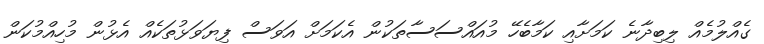
ގެއްލުމެއް ލިބިދާނެ ކަމަށާއި ކަމާބެހޭ މުއައްސަސާތަކުން އެކަމަށް އަވަސް ފިޔަވަޅުތަކެއް އެޅުން މުހިއްމުކަން